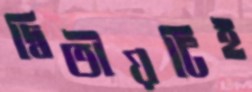
দ্বিতীয়টিই